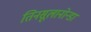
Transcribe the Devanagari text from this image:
तिनसूलानोन्डा